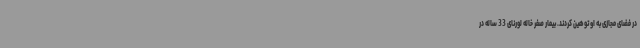
در فضای مجازی به او توهین کردند. بیمار صفر خاله لورنای 33 ساله در